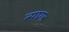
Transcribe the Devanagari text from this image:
त्यागः